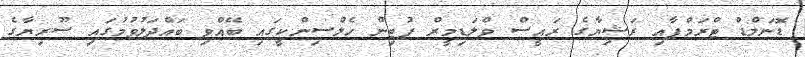
ޑޮނަލްޑް ޓްރަމްޕާއި ރަޝިޔާގެ ރައީސް ވްލަޑިމީރް ޕުޓިން ހެލްސިންކީގައި ބޭއްވި ބައްދަލުވުމުގައި ސޫރިޔާގެ